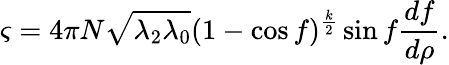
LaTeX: \varsigma=4\pi N\sqrt{\lambda_{2}\lambda_{0}}(1-\cos f)^{\frac{k}{2}}\sin f\frac{df}{d\rho}.